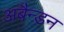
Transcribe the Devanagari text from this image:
अबैन्डन